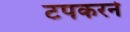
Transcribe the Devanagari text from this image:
टपकरने